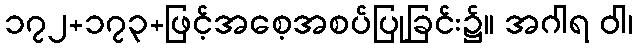
၁၇၂+၁၇၃+ဖြင့်အစေ့အစပ်ပြုခြင်း၌။ အဂါရ ဝါ၊